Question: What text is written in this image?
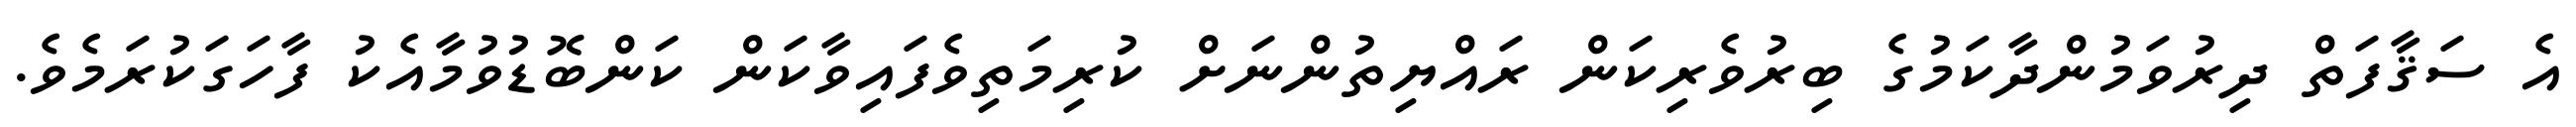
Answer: އެ ސަޤާފަތް ދިރުވަމުންދާކަމުގެ ބިރުވެރިކަން ރައްޔިތުންނަށް ކުރިމަތިވެފައިވާކަން ކަންބޮޑުވުމާއެކު ފާހަގަކުރަމެވެ.